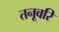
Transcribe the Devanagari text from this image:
तनूवरि